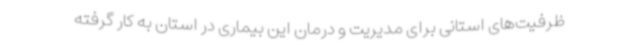
ظرفیت‌های استانی برای مدیریت و درمان این بیماری در استان به کار گرفته